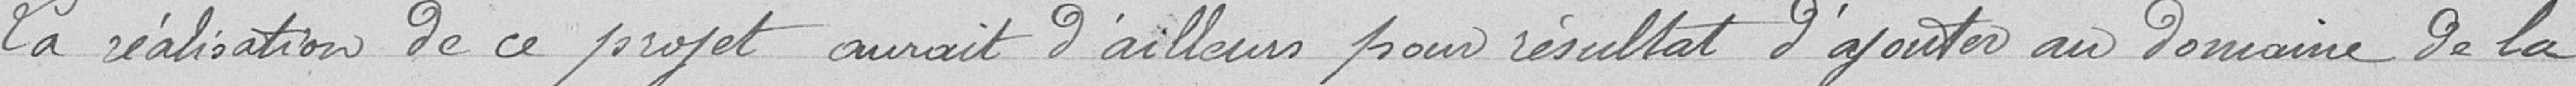
La réalisation de ce projet aurait d'ailleurs pour résultat d'ajouter au domaine de la